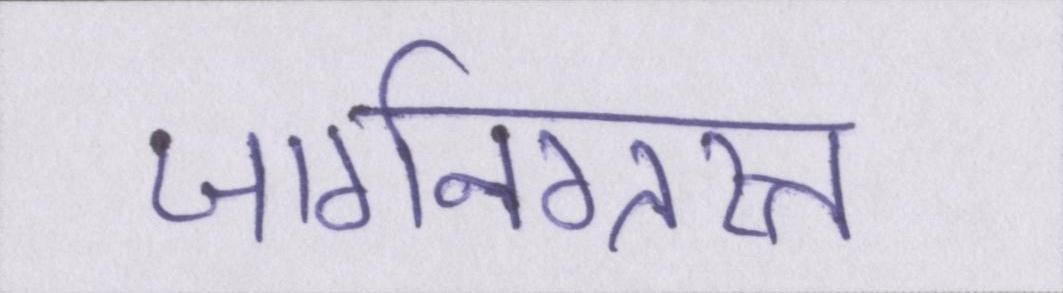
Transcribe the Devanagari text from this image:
जार्गनग्रस्त